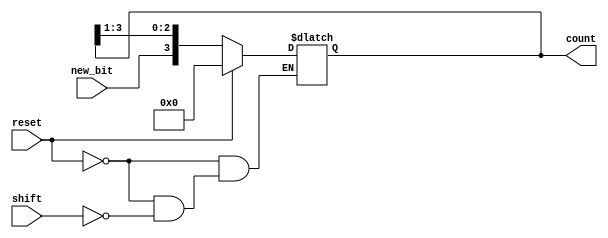
module async_shift_counter (
    input wire shift,         // Shift input signal
    input wire reset,        // Reset input signal
    input wire new_bit,      // New bit to inject into the LSB during shifting
    output reg [3:0] count   // 4-bit output for the counter state
);

    always @(*) begin
        if (reset) begin
            count = 4'b0000; // Reset counter to 0
        end else if (shift) begin
            count = {new_bit, count[3:1]}; // Right shift with new_bit on LSB
        end else begin
            count = count; // Hold current state if shift is not activated
        end
    end

endmodule